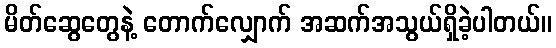
မိတ်ဆွေတွေနဲ့ တောက်လျှောက် အဆက်အသွယ်ရှိခဲ့ပါတယ်။